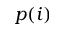
p ( i )